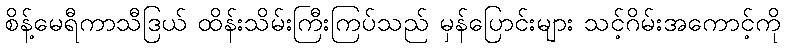
စိန့်မေရီကာသီဒြယ် ထိန်းသိမ်းကြီးကြပ်သည် မှန်ပြောင်းများ သင့်ဂိမ်းအကောင့်ကို